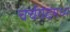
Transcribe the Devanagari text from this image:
चर्चगेटमध्ये